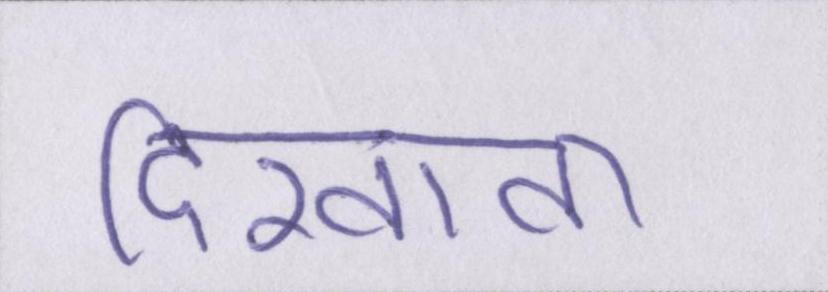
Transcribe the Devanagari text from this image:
दिखावा